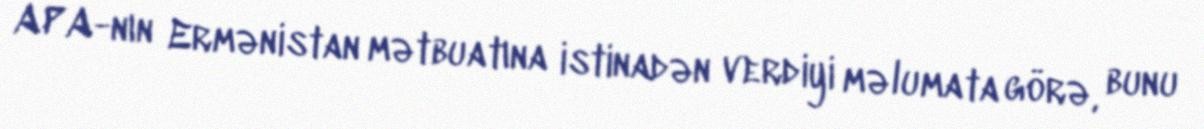
APA-nın Ermənistan mətbuatına istinadən verdiyi məlumata görə, bunu